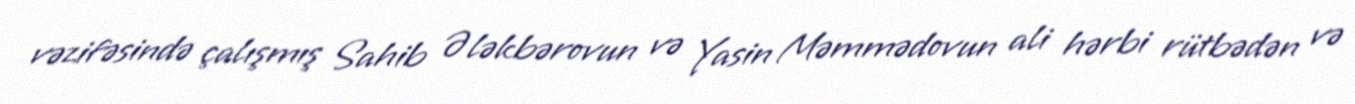
vəzifəsində çalışmış Sahib Ələkbərovun və Yasin Məmmədovun ali hərbi rütbədən və